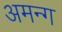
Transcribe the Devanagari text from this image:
अमन्ग